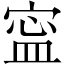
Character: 寍